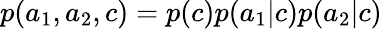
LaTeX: p(a_{1},a_{2},c)=p(c)p(a_{1}|c)p(a_{2}|c)